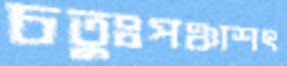
চতুঃপঞ্চাশৎ